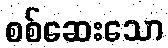
စစ်ဆေးသော